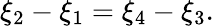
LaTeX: \xi_{2}-\xi_{1}=\xi_{4}-\xi_{3}.